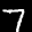
Label: 7